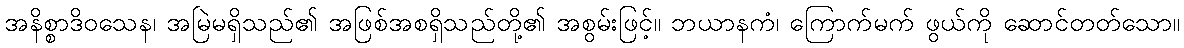
အနိစ္စာဒိဝသေန၊ အမြဲမရှိသည်၏ အဖြစ်အစရှိသည်တို့၏ အစွမ်းဖြင့်။ ဘယာနကံ၊ ကြောက်မက် ဖွယ်ကို ဆောင်တတ်သော။